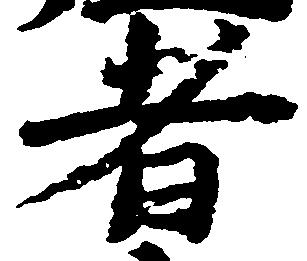
者